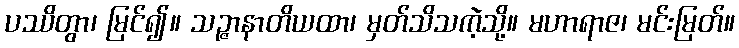
ပဿိတွာ၊ မြင်၍။ သဉ္ဇာနာတိယထာ၊ မှတ်သိသကဲ့သို့။ မဟာရာဇ၊ မင်းမြတ်။